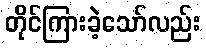
တိုင်ကြားခဲ့သော်လည်း